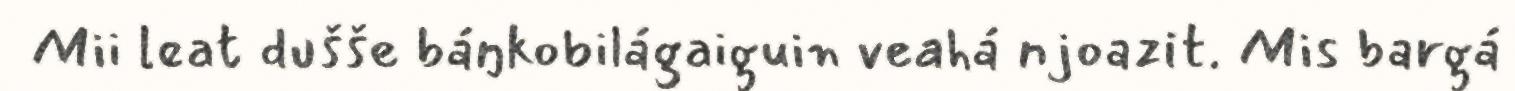
Mii leat dušše báŋkobilágaiguin veahá njoazit. Mis bargá